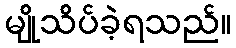
မျိုသိပ်ခဲ့ရသည်။